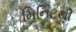
મિનિટથી